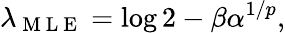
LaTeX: \lambda_{\mathrm{~M~L~E~}}=\log 2-\beta{\alpha}^{1/p},